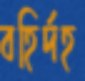
বহির্দহ